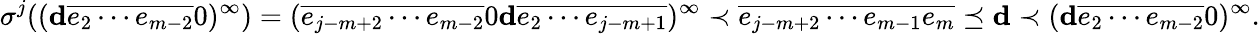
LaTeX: \sigma^{j}((\mathbf d\overline{{e_{2}\cdots e_{m-2}}}0)^{\infty})=(\overline{{e_{j-m+2}\cdots e_{m-2}}}0\mathbf d\overline{{e_{2}\cdots e_{j-m+1}}})^{\infty}\prec\overline{{e_{j-m+2}\cdots e_{m-1}e_{m}}}\preceq\mathbf d\prec(\mathbf d\overline{{e_{2}\cdots e_{m-2}}}0)^{\infty}.